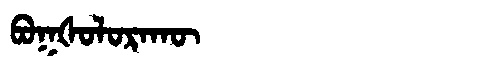
Manchu: ᠪᠣᡴᡧᠣᠯᠣᡵᠠᡴᡡ
Romanization: BOKŠOLORAKŪ